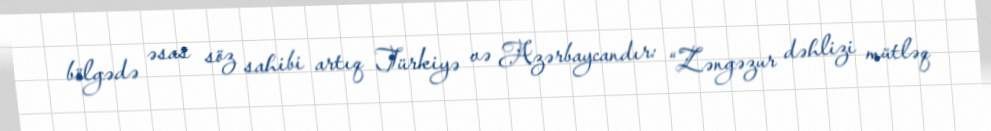
bölgədə əsas söz sahibi artıq Türkiyə və Azərbaycandır: “Zəngəzur dəhlizi mütləq